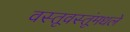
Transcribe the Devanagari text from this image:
वस्तूवस्तूंमधले